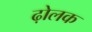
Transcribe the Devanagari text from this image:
ढ़ोलक